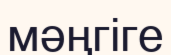
мәңгіге